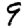
Digit: 9